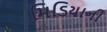
મિડિયાની